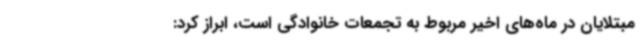
مبتلایان در ماه‌های اخیر مربوط به تجمعات خانوادگی است، ابراز کرد: